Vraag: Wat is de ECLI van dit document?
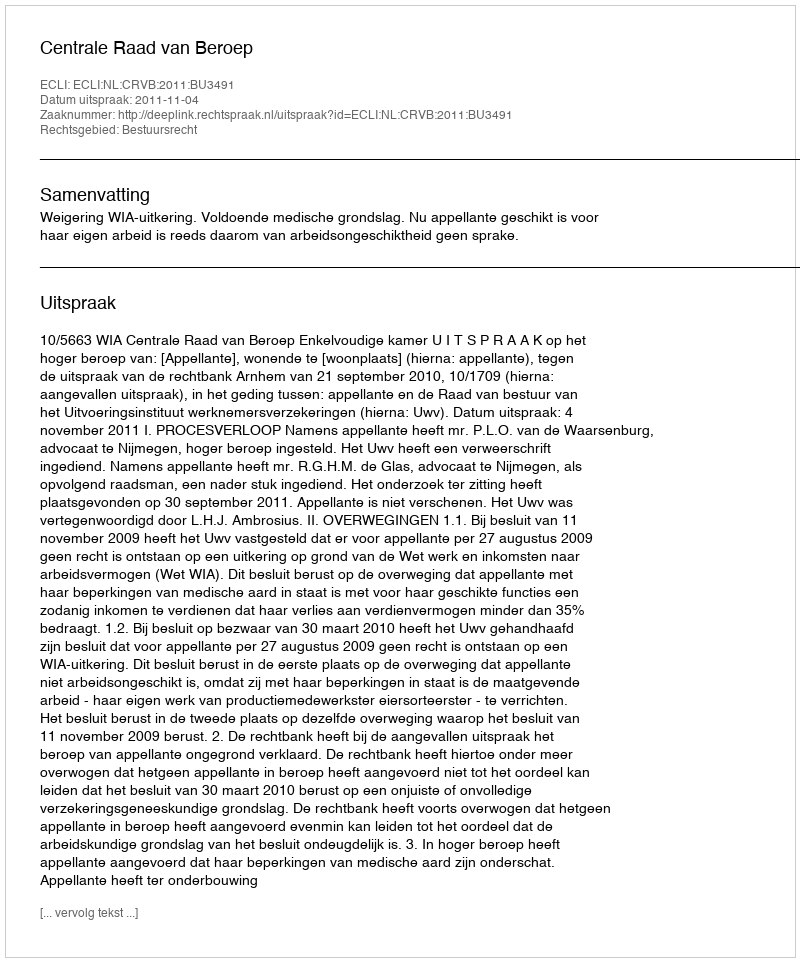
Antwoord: ECLI:NL:CRVB:2011:BU3491